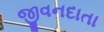
જીવનદાતા